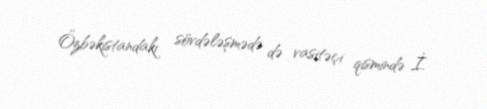
Özbəkistandakı sövdələşmədə də vasitəçi qismində İ.